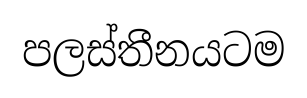
පලස්තීනයටම